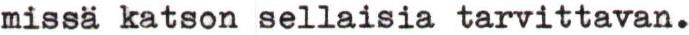
missä katson sellaisia tarvittavan.